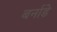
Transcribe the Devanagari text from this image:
बर्नाडे